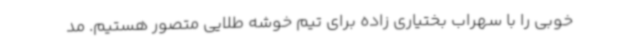
خوبی را با سهراب بختیاری زاده برای تیم خوشه طلایی متصور هستیم. مد